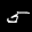
Label: 5